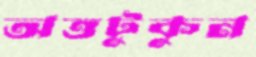
অত্তটুকুন